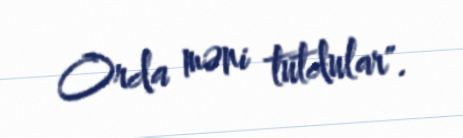
Orda məni tutdular".